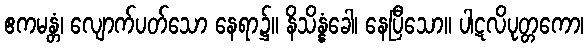
ဧကမန္တံ၊ လျောက်ပတ်သော နေရာ၌။ နိသိန္နံခေါ၊ နေပြီသော။ ပါဋလိပုတ္တကော၊